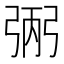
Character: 𢏺